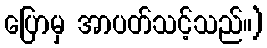
ပြောမှ အာပတ်သင့်သည်။)